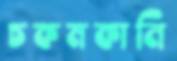
চকমকানি